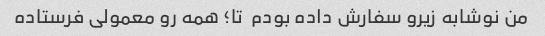
من نوشابه زیرو سفارش داده بودم  تا؛ همه رو معمولی فرستاده